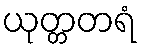
ယုတ္တတရံ